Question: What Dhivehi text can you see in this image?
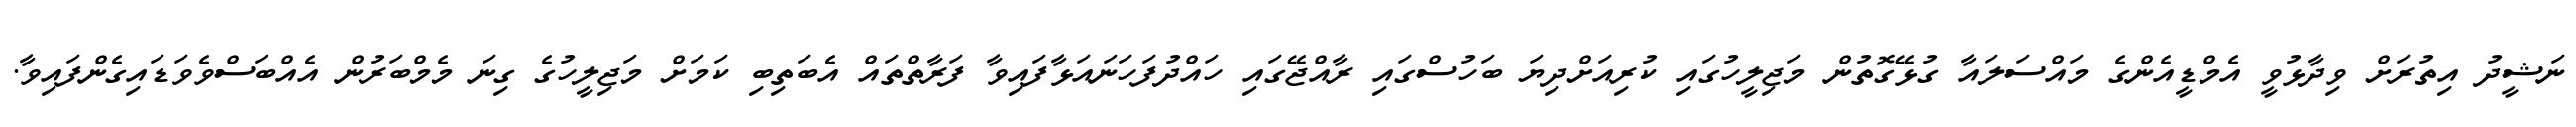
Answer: ނަޝީދު އިތުރަށް ވިދާޅުވީ އެމްޑީއެންގެ މައްސަލައާ ގުޅޭގޮތުން މަޖިލީހުގައި ކުރިއަށްދިޔަ ބަހުސްގައި ރާއްޖޭގައި ހައްދުފަހަނައަޅާފައިވާ ފަރާތްތައް އެބަތިބި ކަމަށް މަޖިލީހުގެ ގިނަ މެމްބަރުން އެއްބަސްވެވަޑައިގެންފައިވާ.